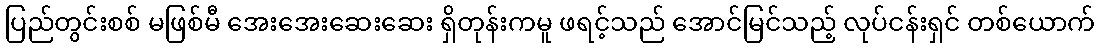
ပြည်တွင်းစစ် မဖြစ်မီ အေးအေးဆေးဆေး ရှိတုန်းကမူ ဖရင့်သည် အောင်မြင်သည့် လုပ်ငန်းရှင် တစ်ယောက်